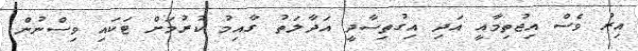
އިރު ވެސް އިޖުތިމާއީ އަދި އިގުތިސާދީ އަދާލަތު ގާއިމު ކުރުމަށް ޓަކައި ވިސްނުން